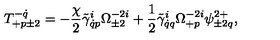
T _ { + p \pm 2 } ^ { - \dot { q } } = - \frac { \chi } { 2 } \tilde { \gamma } _ { \dot { q } p } ^ { i } \Omega _ { \pm 2 } ^ { - 2 i } + \frac 1 2 \tilde { \gamma } _ { \dot { q } q } ^ { i } \Omega _ { + p } ^ { - 2 i } \psi _ { \pm 2 q } ^ { 2 + } ,